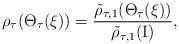
LaTeX: \begin{align*}\rho_\tau(\Theta_\tau(\xi)) = \frac{\tilde{\rho}_{\tau,1}(\Theta_\tau(\xi))}{\tilde{\rho}_{\tau,1}(\mathrm{I})},\end{align*}